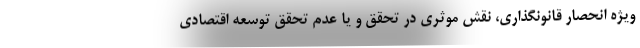
ویژه انحصار قانونگذاری، نقش موثری در تحقق و یا عدم تحقق توسعه اقتصادی